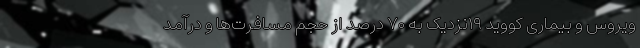
ویروس و بیماری کووید ۱۹نزدیک به ۷۰ درصد از حجم مسافرت‌ها و درآمد